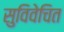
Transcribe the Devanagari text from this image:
सुविवेचित